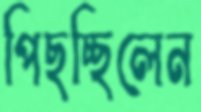
পিছচ্ছিলেন